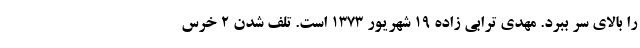
را بالای سر ببرد. مهدی ترابی زاده ۱۹ شهریور ۱۳۷۳ است. تلف شدن 2 خرس